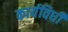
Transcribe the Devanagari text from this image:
कार्यविधी